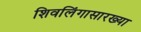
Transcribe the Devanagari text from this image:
शिवलिंगासारख्या